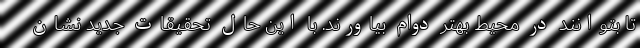
تا بتوانند در محیط بهتر دوام بیاورند. با این حال تحقیقات جدید نشان